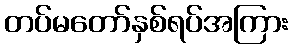
တပ်မတော်နှစ်ရပ်အကြား